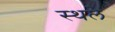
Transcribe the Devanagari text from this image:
स्थले